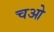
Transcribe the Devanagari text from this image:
चओ